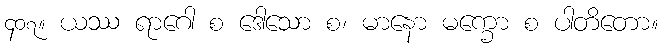
၄၀၇။ ယဿ ရာဂေါ စ ဒေါသော စ၊ မာနော မက္ခော စ ပါတိတော။